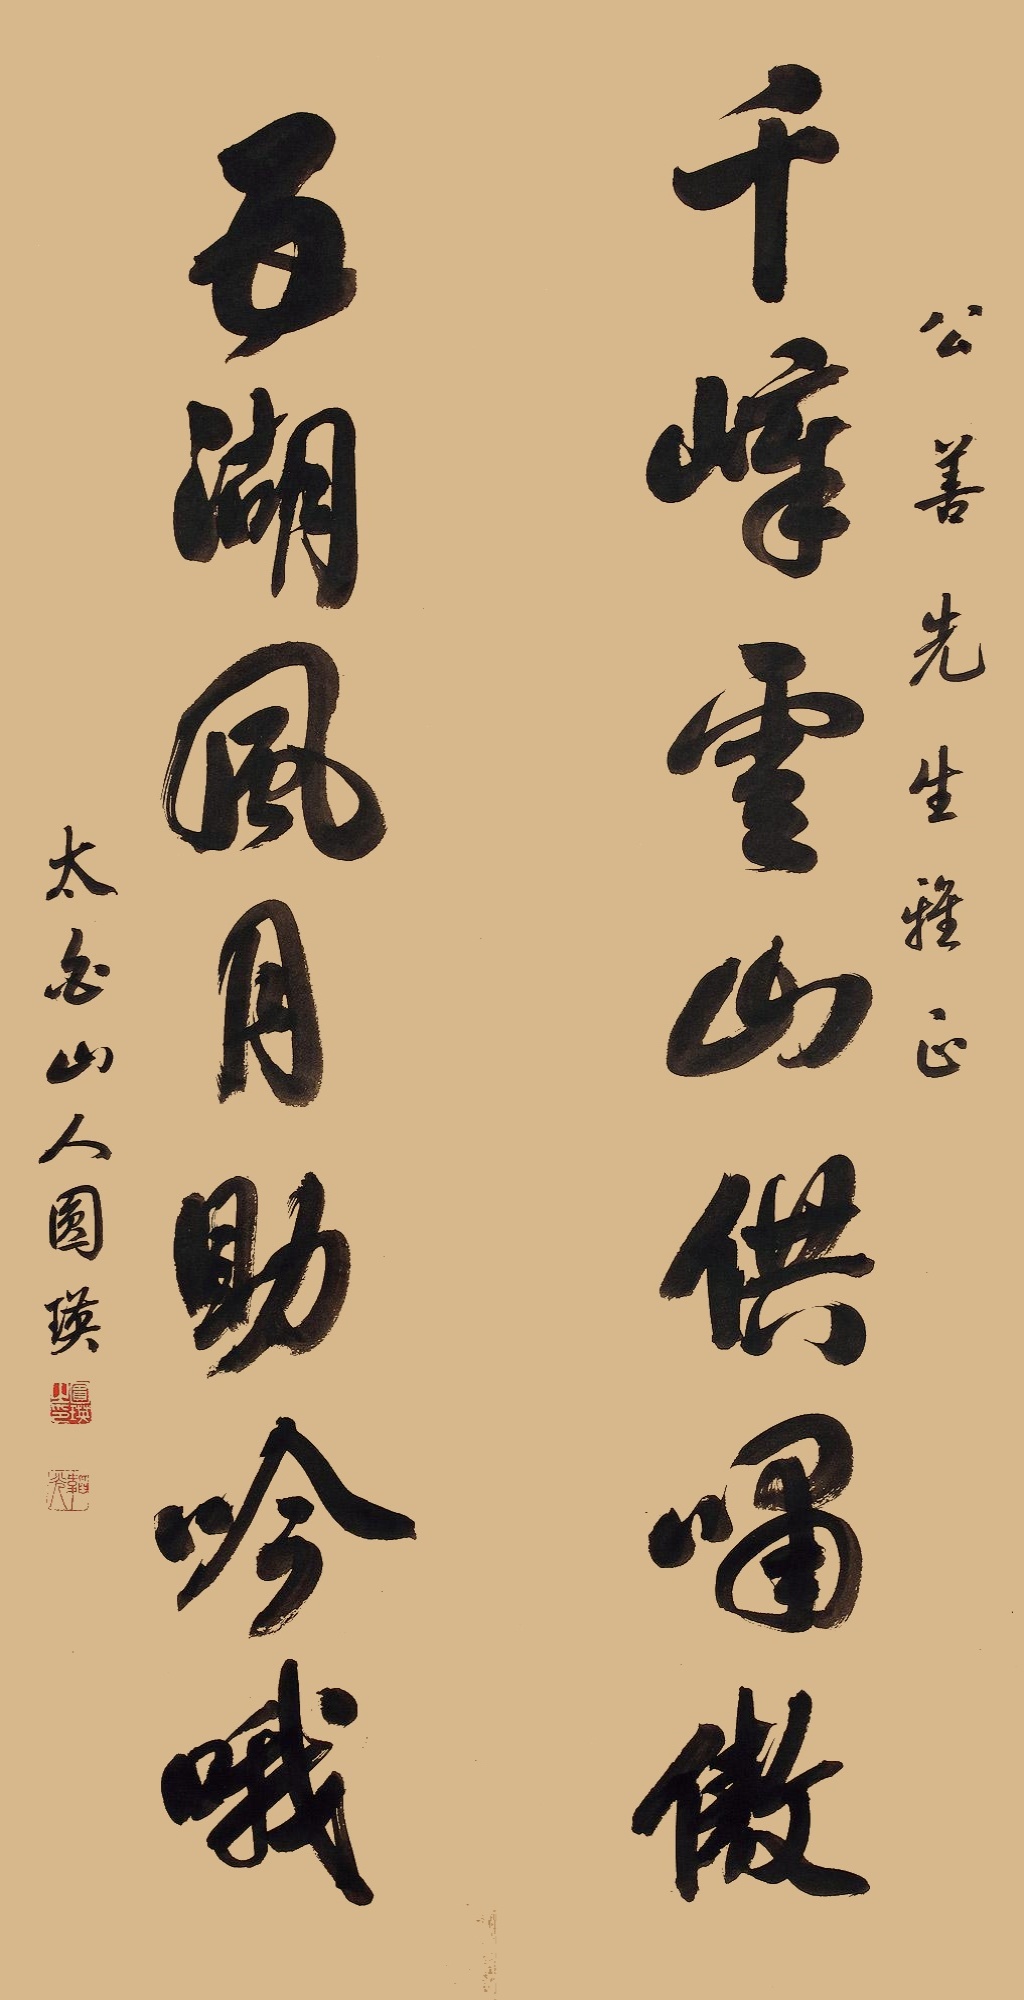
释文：千嶂云山供啸傲，五湖风月助吟哦。公善先生雅正，太白山人圆瑛。